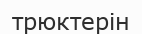
трюктерін